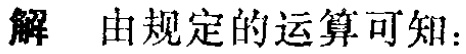
解 由规定的运算可知：